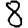
Digit: 8